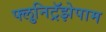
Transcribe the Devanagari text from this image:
फ्लुनिट्रॅझेपाम